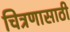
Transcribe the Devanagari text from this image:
चित्रणासाठी